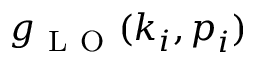
g _ { \mathrm { ~ L ~ O ~ } } ( \boldsymbol { k } _ { i } , \boldsymbol { p } _ { i } )